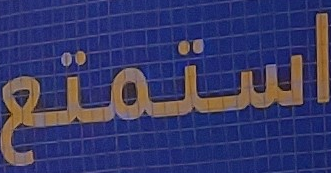
استمتع